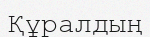
Құралдың